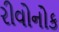
રીવોનોક